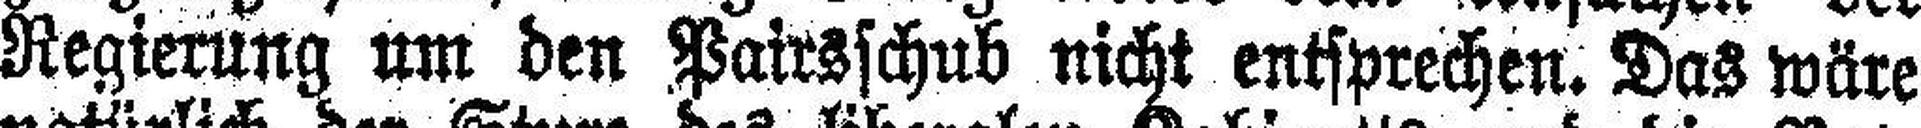
Regierung um den Pairsschub nicht entsprechen. Das wäre